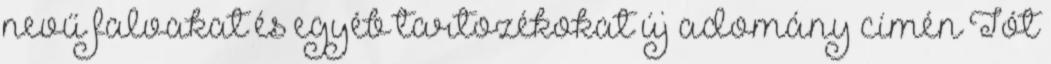
nevű falvakat és egyéb tartozékokat új adomány címén Tót